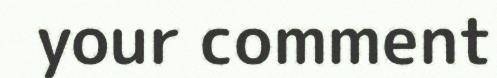
your comment